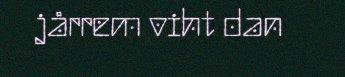
jårrem viht dan